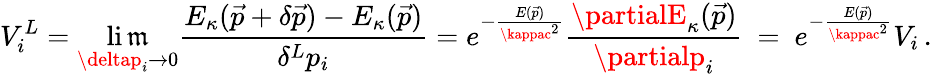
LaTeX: V_{i}^{L}=\operatorname*{li\mathfrak{m}}_{\deltap_{i}\to0}\frac{{E_{\kappa}(\vec{{p}}+\delta\vec{{p}})-E_{\kappa}(\vec{{p}})}}{{\delta^{L}p_{i}}}=e^{-\frac{{E(\vec{{p}})}}{{\kappac^{2}}}}\frac{{\partialE_{\kappa}(\vec{{p}})}}{{\partialp_{i}}}\ =\ e^{-\frac{{E(\vec{{p}})}}{{\kappac^{2}}}}V_{i}\, .